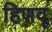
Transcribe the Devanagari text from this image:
हिणवू